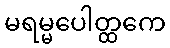
မရမ္မပေါတ္ထကေ